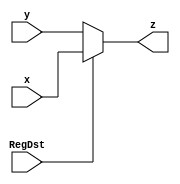

module mux_2_to_1_5_bit(
    output reg [4:0] z,
    input [4:0] x,
    input [4:0] y,
    input RegDst
    );
always @(RegDst)
 begin
  if(RegDst == 1'b1)
   z <= x;
  else if(RegDst == 1'b0)
   z <= y;
  else
   z <= 5'bxxxxx;
 end
endmodule